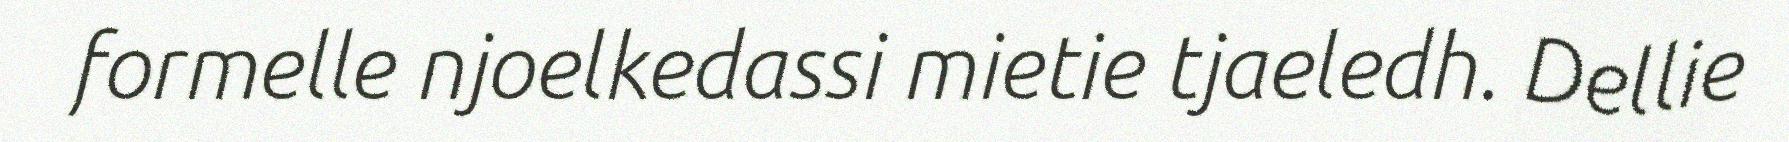
formelle njoelkedassi mietie tjaeledh. Dellie